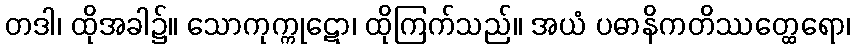
တဒါ၊ ထိုအခါ၌။ သောကုက္ကုဋော၊ ထိုကြက်သည်။ အယံ ပဓာနိကတိဿတ္ထေရော၊